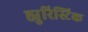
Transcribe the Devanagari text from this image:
ह्युरिस्टिक